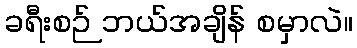
ခရီးစဉ် ဘယ်အချိန် စမှာလဲ။